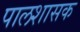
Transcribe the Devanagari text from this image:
पालशासक